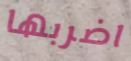
اضربها